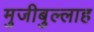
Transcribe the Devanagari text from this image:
मुजीबुल्लाह